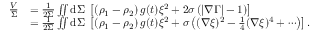
\begin{array} { r l } { \frac { V } { \Sigma } } & { = \frac { 1 } { 2 \Sigma } \iint \mathrm { d } \Sigma ~ \left[ \left( \rho _ { 1 } - \rho _ { 2 } \right) g ( t ) \xi ^ { 2 } + 2 \sigma \left( | \nabla \Gamma | - 1 \right) \right] } \\ & { = \frac { 1 } { 2 \Sigma } \iint \mathrm { d } \Sigma ~ \left[ \left( \rho _ { 1 } - \rho _ { 2 } \right) g ( t ) \xi ^ { 2 } + \sigma \left( ( \nabla \xi ) ^ { 2 } - \frac { 1 } { 4 } ( \nabla \xi ) ^ { 4 } + \cdots \right) \right] . } \end{array}